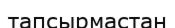
тапсырмастан